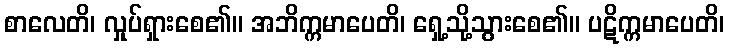
စာလေတိ၊ လှုပ်ရှားစေ၏။ အဘိက္ကမာပေတိ၊ ရှေ့သို့သွားစေ၏။ ပဋိက္ကမာပေတိ၊